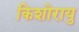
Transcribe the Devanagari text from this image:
किशोरायु